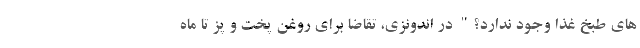
های طبخ غذا وجود ندارد؟" در اندونزی، تقاضا برای روغن پخت و پز تا ماه